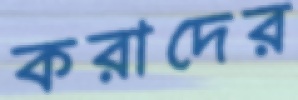
করাদের